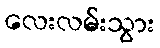
လေးလမ်းသွား